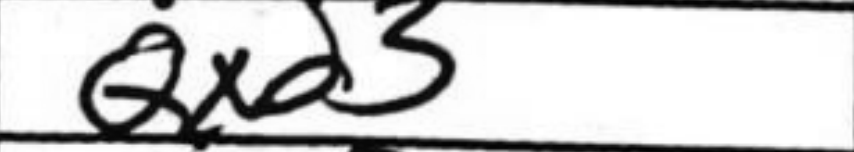
Transcription: Qxd3